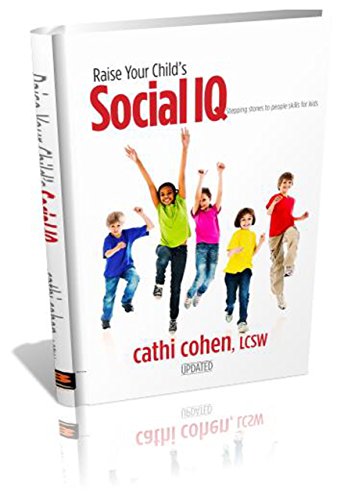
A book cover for Raise Your Child's Social IQ: Stepping Stones to People Skills for Kids; Cathi Cohen; Politics & Social Sciences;